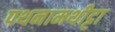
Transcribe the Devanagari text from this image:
पथनामथीट्टा